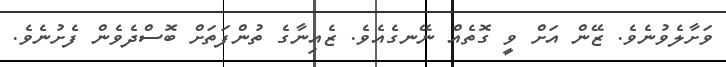
ވަށާލެވުނެވެ. ޒޭން އަށް ވީ ގޮތެއް ނޭނގެއެވެ. ޒެއިނާގެ ތުންފަތަށް ބޮސްދެވެން ފެށުނެވެ.